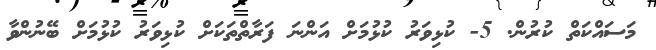
މަސައްކަތް ކުރުން. 5- ކުޅިވަރު ކުޅުމަށް އަންނަ ފަރާތްތަކަށް ކުޅިވަރު ކުޅުމަށް ބޭނުންވާ